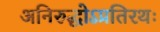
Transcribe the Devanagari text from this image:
अनिरुद्धोऽप्रतिरथः